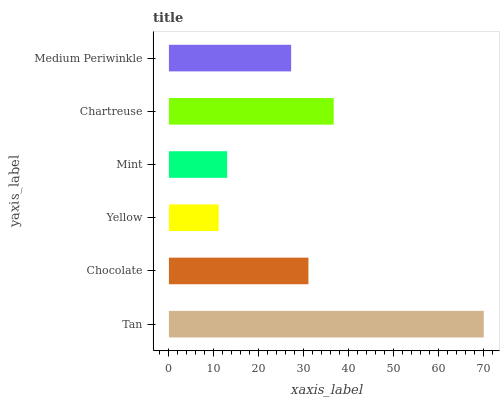
| yaxis_label | bars |
 | --- | --- |
 | Tan | 70.1 |
 | Chocolate | 31.1 |
 | Yellow | 11.1 |
 | Mint | 13 |
 | Chartreuse | 36.7 |
 | Medium Periwinkle | 27.2 |